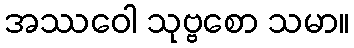
အဿဝေါ သုဗ္ဗစော သမာ။